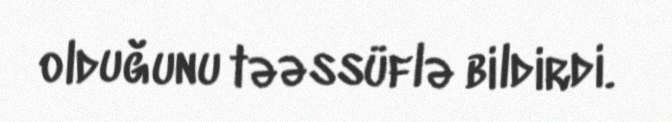
olduğunu təəssüflə bildirdi.